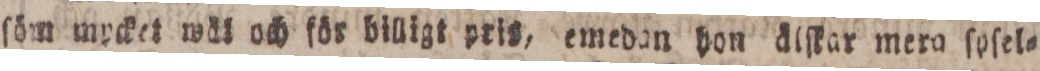
ſöm mycket wäl och för billig pris, emedan hon älſkar mera ſpſel=